Hæmogregarina gerbilli - Number 18
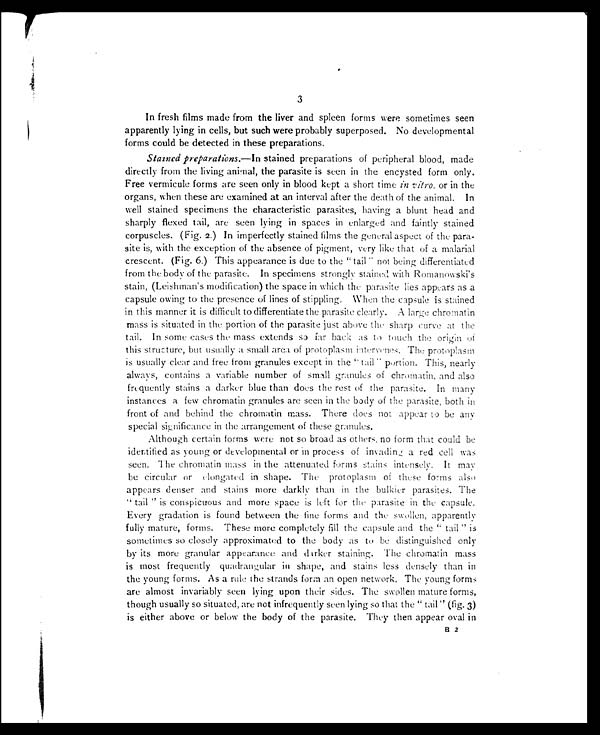
3
In fresh films made from the liver and spleen forms were sometimes seen
apparently lying in cells, but such were probably superposed. No developmental
forms could be detected in these preparations.
Stained preparations.—In stained preparations of peripheral blood, made
directly from the living animal, the parasite is seen in the encysted form only.
Free vermicule forms are seen only in blood kept a short time in vitro, or in the
organs, when these are examined at an interval after the death of the animal. In
well stained specimens the characteristic parasites, having a blunt head and
sharply flexed tail, are seen lying in spaces in enlarged and faintly stained
corpuscles. (Fig. 2.) In imperfectly stained films the general aspect of the para-
site is, with the exception of the absence of pigment, very like that of a malarial
crescent. (Fig. 6.) This appearance is due to the " tail" not being differentiated
from the body of the parasite. In specimens strongly stained with Romanowski's
stain, (Leishman's modification) the space in which the parasite lies appears as a
capsule owing to the presence of lines of stippling. When the capsule is stained
in this manner it is difficult to differentiate the parasite clearly. A large chromatin
mass is situated in the portion of the parasite just above the sharp curve at the
tail. In some cases the mass extends so far back as to touch the origin of
this structure, but usually a small area of protoplasm intervenes. The protoplasm
is usually clear and free from granules except in the " tail" portion. This, nearly
always, contains a variable number of small granules of chromatin, and also
frequently stains a darker blue than does the rest of the parasite. In many
instances a few chromatin granules are seen in the body of the parasite, both in
front of and behind the chromatin mass. There does not appear to be any
special significance in the arrangement of these granules.
Although certain forms were not so broad as others, no form that could be
identified as young or developmental or in process of invading a red cell was
seen. The chromatin mass in the attenuated forms stains intensely. It may
be circular or elongated in shape. The protoplasm of these forms also
appears denser and stains more darkly than in the bulkier parasites. The
" tail " is conspicuous and more space is left for the parasite in the capsule.
Every gradation is found between the fine forms and the swollen, apparently
fully mature, forms. These more completely fill the capsule and the " tail " is
sometimes so closely approximated to the body as to be distinguished only
by its more granular appearance and darker staining. The chromatin mass
is most frequently quadrangular in shape, and stains less densely than in
the young forms. As a rule the strands form an open network. The young forms
are almost invariably seen lying upon their sides. The swollen mature forms,
though usually so situated, are not infrequently seen lying so that the " tail " (fig. 3)
is either above or below the body of the parasite. They then appear oval in
B 2